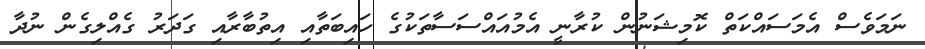
ނަމަވެސް އެމަސައްކަތް ކޮމިޝަނުން ކުރާނީ އެމުއައްސަސާތަކުގެ ހައިބަތާއި އިތުބާރާއި ގަދަރު ގެއްލިގެން ނުދާ